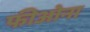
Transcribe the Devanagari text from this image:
फीओना